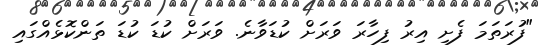
"ފުރަތަމަ ފެށި އިރު ފިހާރަ ވަރަށް ކުޑަވާނެ. ވަރަށް ކުޑަ ކުޑަ ތަންކޮޅެއްގައި